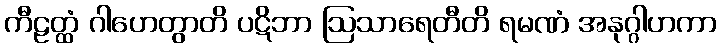
ကီဠတ္ထံ ဂါဟေတွာတိ ပဋိဘာ ဩသာရေတီတိ ရမဏံ အနုဂ္ဂါဟကာ